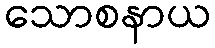
သောစနာယ